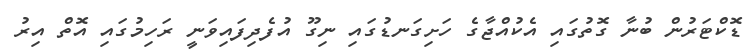
ޑޮކްޓަރުން ބުނާ ގޮތުގައި އެކުއްޖާގެ ހަށިގަނޑުގައި ނިގޫ އުފެދިފައިވަނީ ރަހިމުގައި އޮތް އިރު